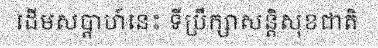
ដើមសប្តាហ៍នេះ ទីប្រឹក្សាសន្តិសុខជាតិ